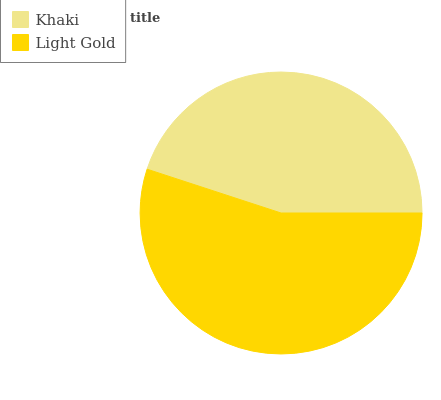
| Khaki | Light Gold |
 | --- | --- |
 | 45% | 55% |